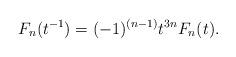
LaTeX: \begin{align*} F_n(t^{-1})=(-1)^{(n-1)}t^{3n}F_n(t).\end{align*}